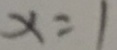
x = 1